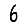
Digit: 6